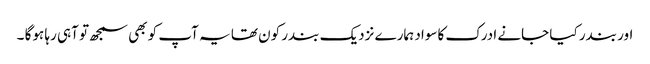
اور بندر کیا جانے ادرک کاسواد ہمارے نزدیک بندر کون تھا یہ آپ کو بھی سمجھ تو آہی رہا ہوگا ۔